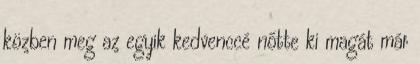
közben meg az egyik kedvenccé nőtte ki magát már